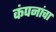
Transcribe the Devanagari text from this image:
कंपनांचा